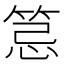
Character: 𥭜